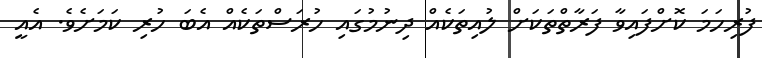
ފުރިހަމަ ކޮށްފައިވާ ފަރާތްތަކަށް ލުއިތަކެއް ދިނުމުގައި ހުރަސްތަކެއް އެބަ ހުރި ކަމަށެވެ. އެއީ